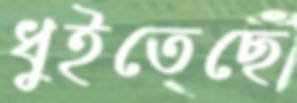
ধুইতেছে